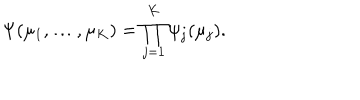
\Psi ( \mu _ { 1 } , \ldots , \mu _ { K } ) = \prod _ { j = 1 } ^ { K } \psi _ { j } ( \mu _ { j } ) .